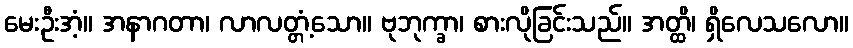
မေးဦးအံ့။ အနာဂတာ၊ လာလတ္တံ့သော။ ဗုဘုက္ခာ၊ စားလိုခြင်းသည်။ အတ္ထိ၊ ရှိလေသလော။